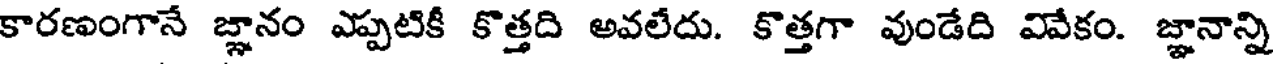
కారణంగానే జ్ఞానం ఎప్పటికీ కొత్తది అవలేదు. కొత్తగా వుండేది వివేకం. జ్ఞానాన్ని